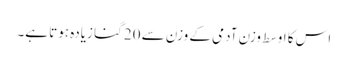
اس کا اوسط وزن آدمی کے وزن سے 20 گنا زیادہ ہوتا ہے۔